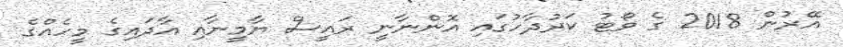
އޭރުން 2018 ގެ ވޯޓު ކަރުދާހުގައި އޮންނާނީ ރައީސް ޔާމީނާއި އާދައިގެ މީހެއްގެ